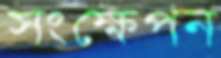
সংক্ষেপন